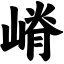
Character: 嵴